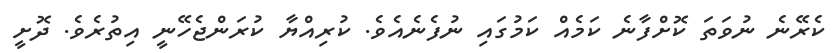
ކެރޭނެ ނުވަތަ ކޮށްފާނެ ކަމެއް ކަމުގައި ނުފެނެއެވެ. ކުރިއްޔާ ކުރަންޖެހޭނީ އިތުރެވެ. ދޮށީ